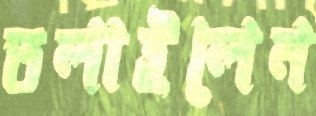
তলাইলেন